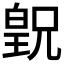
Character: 𪾂